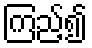
ကြည့်၍